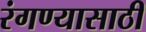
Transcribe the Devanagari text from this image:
रंगण्यासाठी